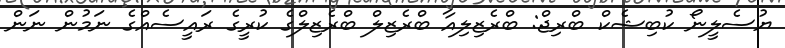
ޔުސެލީނޯ ކުބިޝެކް ބްރިޖް: ބްރެޒިލިއާ ބްރެޒިލް ބްރެޒިލްގެ ކުރީގެ ރައީސެއްގެ ނަމުން ނަން